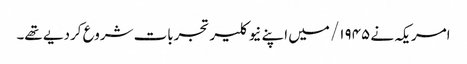
امریکہ نے ۱۹۴۵/ میں اپنے نیوکلیر تجربات شروع کردیے تھے۔